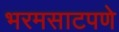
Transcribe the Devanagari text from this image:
भरमसाटपणे